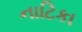
નાટિકા